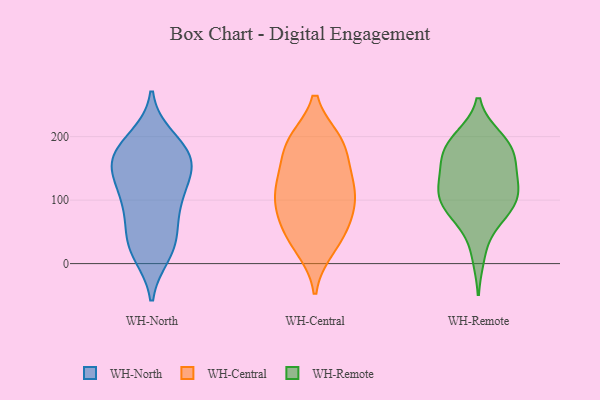
{"axis": {"x": "Production Output", "y": "Value"}, "legend": ["WH-Central", "WH-North", "WH-Remote"], "data": [{"x": "", "y": 92, "type": "WH-North"}, {"x": "", "y": 107, "type": "WH-North"}, {"x": "", "y": 109, "type": "WH-North"}, {"x": "", "y": 174, "type": "WH-North"}, {"x": "", "y": 45, "type": "WH-North"}, {"x": "", "y": 146, "type": "WH-North"}, {"x": "", "y": 156, "type": "WH-North"}, {"x": "", "y": 19, "type": "WH-North"}, {"x": "", "y": 198, "type": "WH-North"}, {"x": "", "y": 144, "type": "WH-North"}, {"x": "", "y": 156, "type": "WH-North"}, {"x": "", "y": 52, "type": "WH-North"}, {"x": "", "y": 192, "type": "WH-North"}, {"x": "", "y": 174, "type": "WH-North"}, {"x": "", "y": 27, "type": "WH-North"}, {"x": "", "y": 15, "type": "WH-North"}, {"x": "", "y": 162, "type": "WH-North"}, {"x": "", "y": 92, "type": "WH-North"}, {"x": "", "y": 67, "type": "WH-Central"}, {"x": "", "y": 34, "type": "WH-Central"}, {"x": "", "y": 191, "type": "WH-Central"}, {"x": "", "y": 48, "type": "WH-Central"}, {"x": "", "y": 24, "type": "WH-Central"}, {"x": "", "y": 190, "type": "WH-Central"}, {"x": "", "y": 186, "type": "WH-Central"}, {"x": "", "y": 135, "type": "WH-Central"}, {"x": "", "y": 115, "type": "WH-Central"}, {"x": "", "y": 100, "type": "WH-Central"}, {"x": "", "y": 85, "type": "WH-Central"}, {"x": "", "y": 128, "type": "WH-Central"}, {"x": "", "y": 139, "type": "WH-Central"}, {"x": "", "y": 193, "type": "WH-Central"}, {"x": "", "y": 86, "type": "WH-Central"}, {"x": "", "y": 69, "type": "WH-Remote"}, {"x": "", "y": 199, "type": "WH-Remote"}, {"x": "", "y": 69, "type": "WH-Remote"}, {"x": "", "y": 118, "type": "WH-Remote"}, {"x": "", "y": 167, "type": "WH-Remote"}, {"x": "", "y": 168, "type": "WH-Remote"}, {"x": "", "y": 161, "type": "WH-Remote"}, {"x": "", "y": 193, "type": "WH-Remote"}, {"x": "", "y": 144, "type": "WH-Remote"}, {"x": "", "y": 97, "type": "WH-Remote"}, {"x": "", "y": 124, "type": "WH-Remote"}, {"x": "", "y": 116, "type": "WH-Remote"}, {"x": "", "y": 175, "type": "WH-Remote"}, {"x": "", "y": 12, "type": "WH-Remote"}, {"x": "", "y": 85, "type": "WH-Remote"}, {"x": "", "y": 111, "type": "WH-Remote"}, {"x": "", "y": 198, "type": "WH-Remote"}, {"x": "", "y": 100, "type": "WH-Remote"}]}